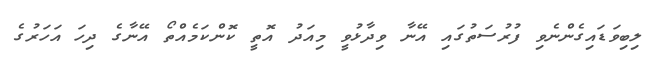
ލިބިވަޑައިގެންނެވި ފުރުސަތުގައި އޭނާ ވިދާޅުވީ މިއަދު އޮތީ ކޮންކަމެއްތޯ އޭނާގެ ދިހަ އަހަރުގެ